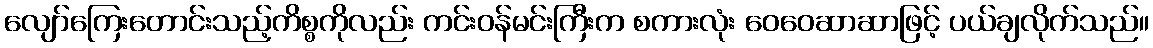
လျော်ကြေးတောင်းသည့်ကိစ္စကိုလည်း ကင်းဝန်မင်းကြီးက စကားလုံး ဝေဝေဆာဆာဖြင့် ပယ်ချလိုက်သည်။